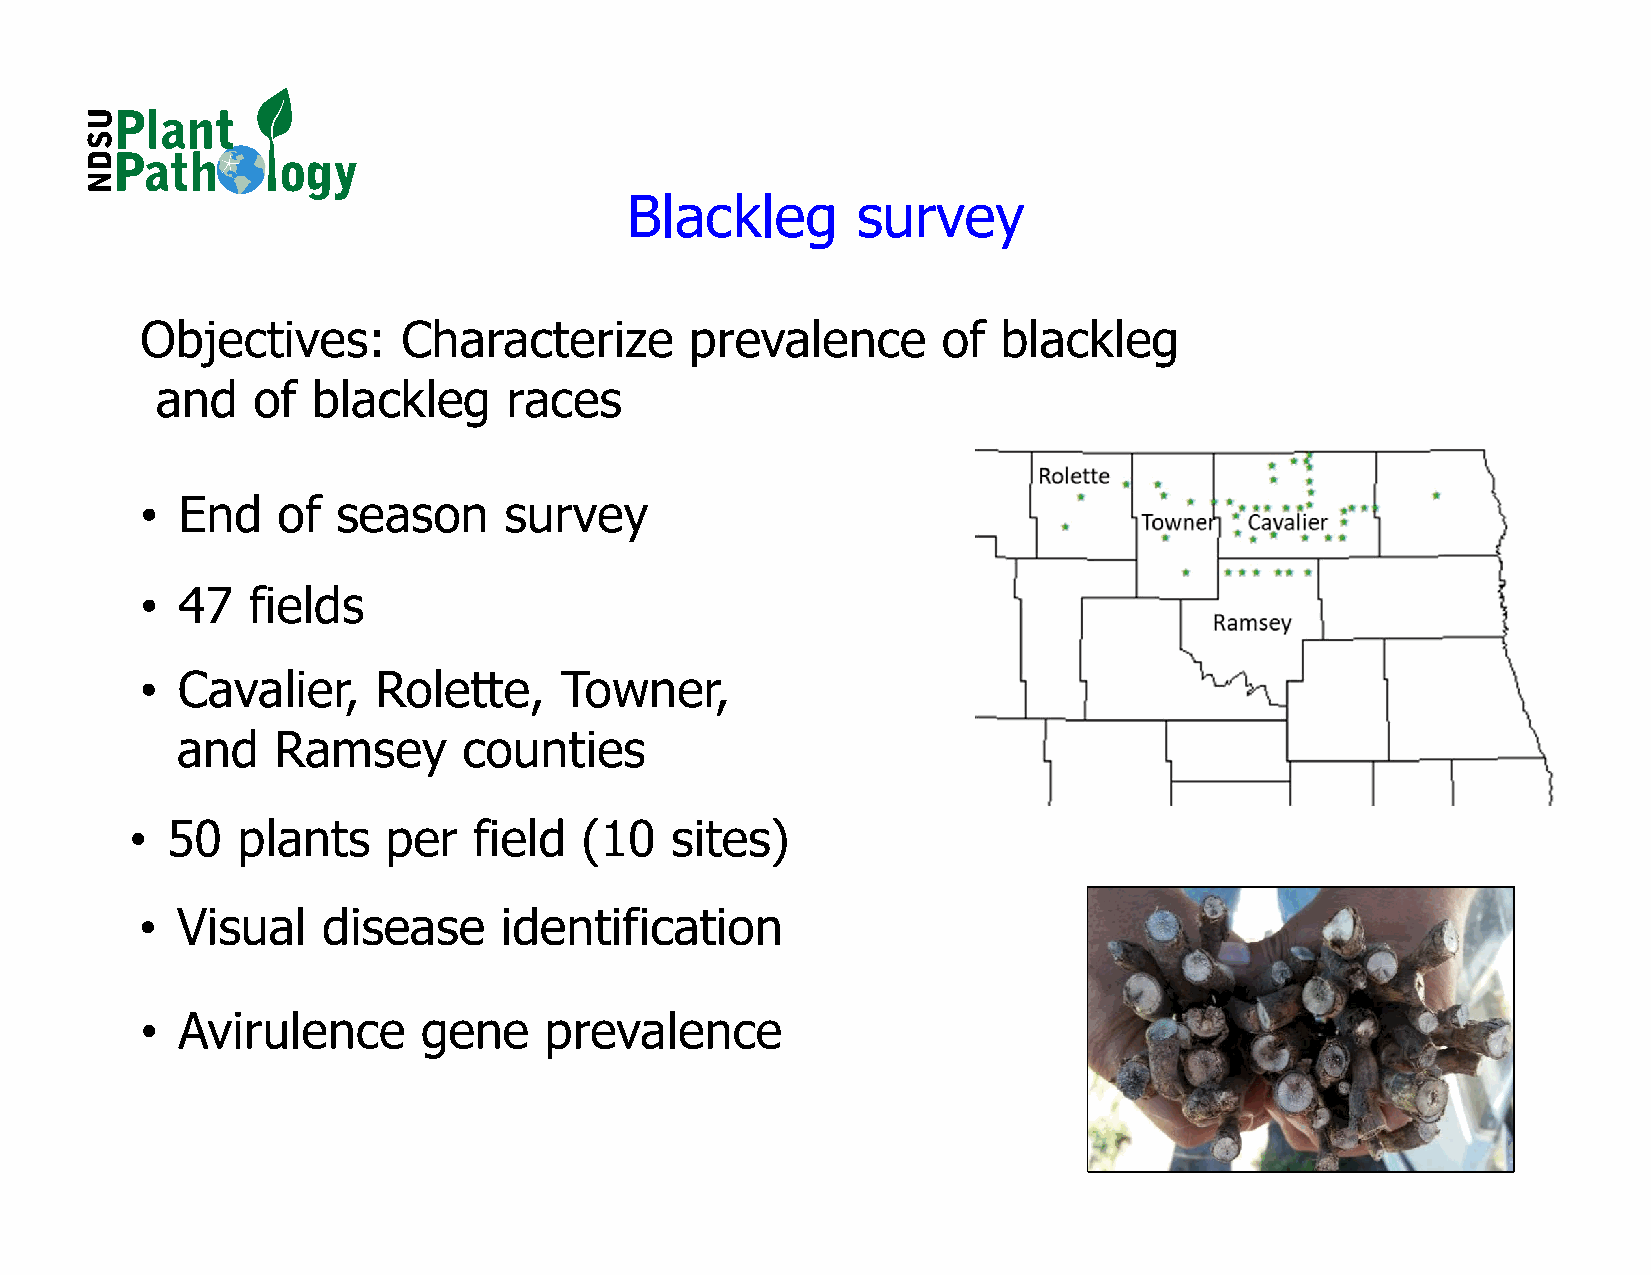
Blackleg        survey
 Objectives:       Characterize       prevalence      of  blackleg
 and    of  blackleg     races
 •  End   of  season     survey
 •  47  fields
 •  Cavalier,    Rolette,    Towner,
 and   Ramsey       counties
 • 50   plants    per  field  (10   sites)
 •  Visual   disease     identification
 •  Avirulence      gene    prevalence